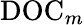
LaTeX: \mathrm{DOC}_{m}